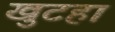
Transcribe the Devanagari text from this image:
खुटहा